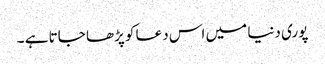
پوری دنیا میں اس دعا کو پڑھا جاتا ہے ۔